Civil Veterinary Department. United Provinces 1923-31 - 1923-1931
Year: 1923
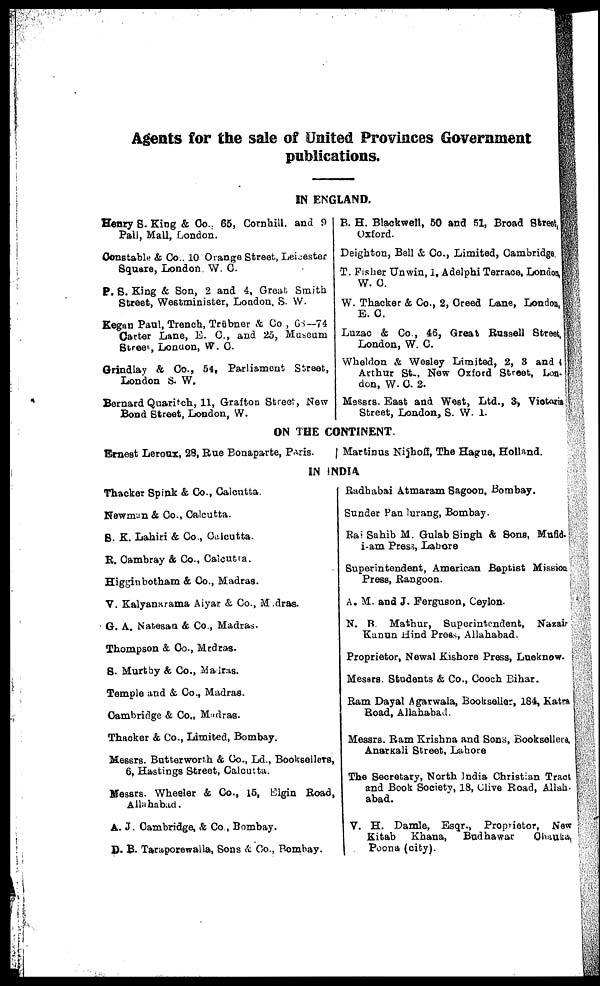
Agents for the sale of United Provinces Government
publications.
IN ENGLAND.
Henry S. King & Co.. 65, Cornhill, and 9
Pali, Mall, London.
Constable & Co.. 10 Orange Street, Leicester
Square, London. W. G.
P. S. King & Son, 2 and 4, Great Smith
Street, Westminister, London, S. W.
Kegan Paul, Trench, Trübner & Co, 68—74
Carter Lane, E. C., and 25, Museum
Stree, Lodon, W.C.
Grindlay & Co., 54, Parliament Street,
London S. W.
Bernard Quaritch, 11, Grafton Street, New
Bond Street, London, W.
B. H. Blackwell, 50 and 51, Broad Street,
Oxford.
Deighton, Bell & Co., Limited, Cambridge.
T. Fisher Unwin, 1, Adelphi Terrace, London,
W. G.
W. Thacker & Co., 2, Creed Lane, London,
E. G.
Luzae & Co., 46, Great Russell Street,
London, W. C.
Wheldon & Wesley Limited, 2, 3 and 4
Arthur St., New Oxford Street, Lon-
don, W. G. 2.
Messes. East and West, Ltd., 3, Viotaria
Street, London, S. W. 1.
ON THE CONTINENT.
Ernest Leroux, 28, Rue Bonaparte, Paris.
Martinus Nijhoff, The Hague, Holland.
IN INDIA
Thacker Spink & Go., Calcutta.
Newman & Co., Calcutta.
8. K. Lahiri & Co., Calcutta.
R. Cambray & Co., Calcutta.
Higginbotham & Co., Madras.
V. Kalyanarama Aiyar & Co., Madras.
G. A. Natesan & Co., Madras.
Thompson & Co., Mrdras.
S. Murtby & Co., Madras.
Temple and & Co., Madras.
Cambridge & Co., Madras.
Thacker & Co., Limited, Bombay.
Messrs. Butterworth & Co., Ld., Booksellers,
6, Hastings Street, Calcutta.
Messrs. Wheeler & Co., 15, Elgin Road,
Allahabad.
A. J. Cambridge, & Co., Bombay.
D. B. Taraporewalla, Sons & Co., Bombay.
Radhabai Atmaram Sagoon, Bombay.
Sunder Pan lurang, Bombay.
Rai Sahib M. Gulab Singh & Sons, Mufid.
i-am Press, Lahore
Superintendent, American Baptist Mission
Press, Rangoon.
A. M. and J. Ferguson, Ceylon.
N. B. Mathur, Superintendent, Nazair
Kanun Hind Press, Allahabad.
Proprietor, Newal Kishore Press, Luoknow.
Messrs. Students & Co., Cooch Bihar.
Ram Dayal Agarwala, Bookseller, 184, Katra.
Road, Allahabad.
Messrs. Ram Krishna and Sons, Booksellers,
Anarkali Street, Lahore
The Secretary, North India Christian Tract
and Book Society, 18, Clive Road, Allah-
abad.
V. H. Damle, Esqr., Proprietor, New
Kitab
Khana,
Budhawar
Chauka,
Poona (city).